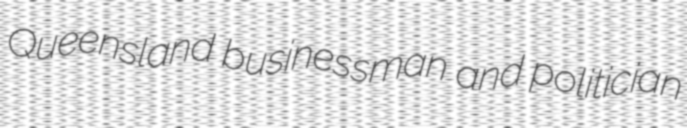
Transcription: Queensland businessman and politician